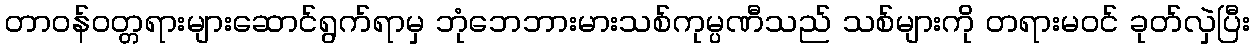
တာဝန်ဝတ္တရားများဆောင်ရွက်ရာမှ ဘုံဘေဘားမားသစ်ကုမ္ပဏီသည် သစ်များကို တရားမဝင် ခုတ်လှဲပြီး